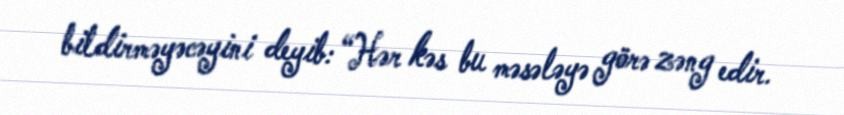
bildirməyəcəyini deyib: “Hər kəs bu məsələyə görə zəng edir.